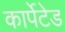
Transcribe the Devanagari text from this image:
कार्पेटेड